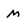
Character: m